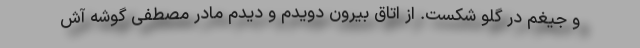
و جیغم در گلو شکست. از اتاق بیرون دویدم و دیدم مادر مصطفی گوشه آش